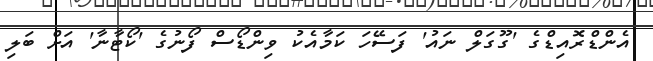
އެންޑްރޮއިޑްގެ 'ގޫގަލް ނައު' ފަސޭހަ ކަމާއެކު ވިންޑޯސް ފޯނުގެ 'ކޯޓާނާ' އަށް ބަލި